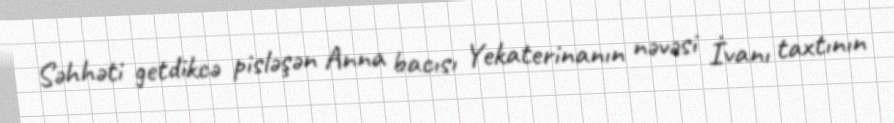
Səhhəti getdikcə pisləşən Anna bacısı Yekaterinanın nəvəsi İvanı taxtının